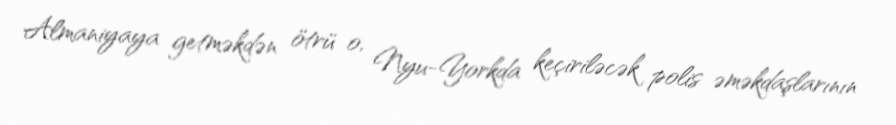
Almaniyaya getməkdən ötrü o, Nyu-Yorkda keçiriləcək polis əməkdaşlarının